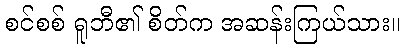
စင်စစ် ရူဘီ၏ စိတ်က အဆန်းကြယ်သား။